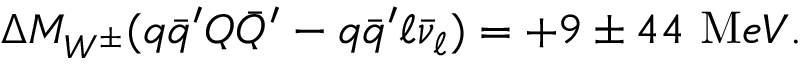
\Delta M _ { W ^ { \pm } } ( q \bar { q } ^ { \prime } Q \bar { Q } ^ { \prime } - q \bar { q } ^ { \prime } \ell \bar { \nu } _ { \ell } ) = + 9 \pm 4 4 ~ { \mathrm M e V } .